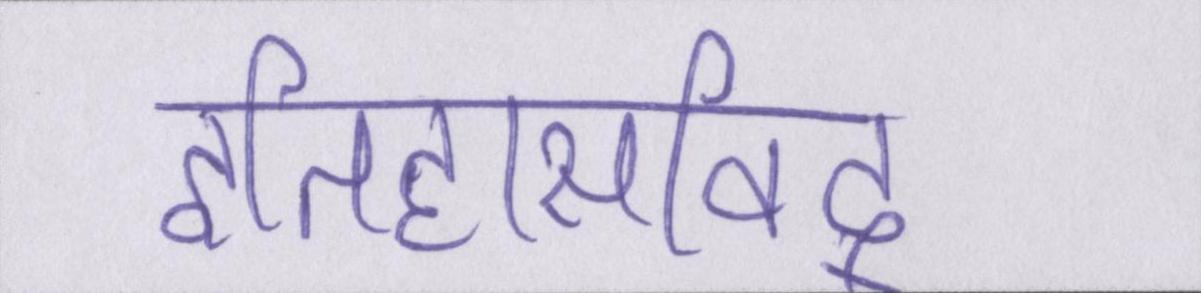
इतिहासविद्